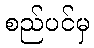
စည်ပင်မှ